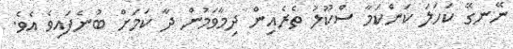
ނޭނގޭ ކަހަލަ ކަންކަމާ ސްކޫލު ތެރެއިން ދިމާވަމުން ދާ ކަމަށް ބުނެފައިވެ އެވެ.